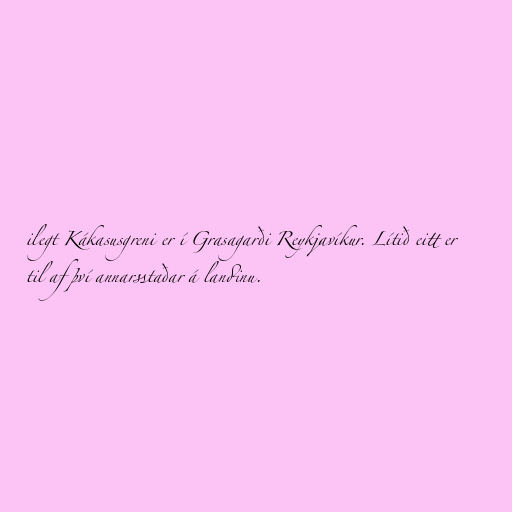
ilegt Kákasusgreni er í Grasagarði Reykjavíkur. Lítið eitt er
til af því annarsstaðar á landinu.